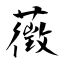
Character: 藢